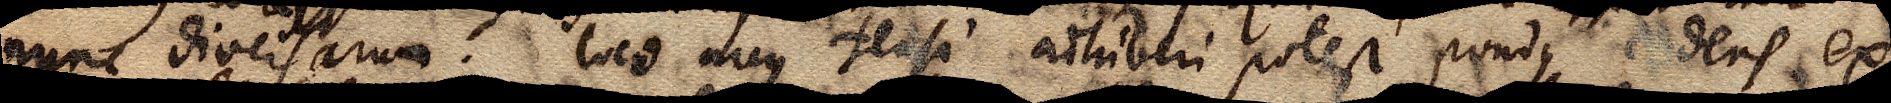
nunc diversarum. Loco arcus tensi adhiberi potest pondus cadens ex